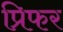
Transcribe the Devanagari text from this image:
प्रिफर